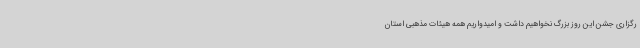
رگزاری جشن این روز بزرگ نخواهیم داشت و امیدواریم همه هیئات مذهبی استان